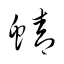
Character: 蜻